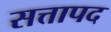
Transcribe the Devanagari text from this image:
सत्तापद